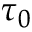
\tau _ { 0 }